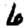
Digit: 6